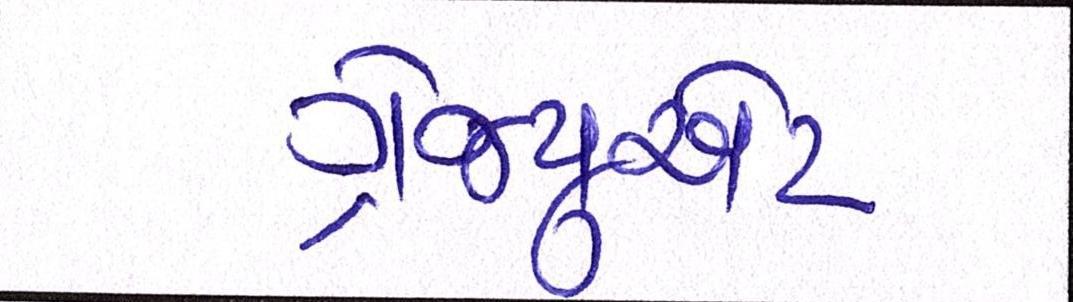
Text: ગ્રેજ્યુએટ